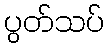
ပွတ်သပ်